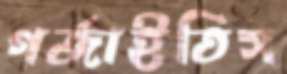
গর্জাইতিস